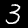
Digit: 3